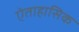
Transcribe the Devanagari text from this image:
ऐताहासिक